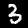
Label: 3